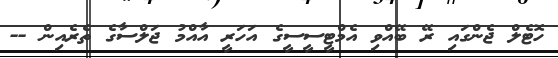
ހޮޓެލް ޖެންގައި ރޭ ބޭއްވި އެމްޓީސީސީގެ އަހަރީ އާއްމު ޖަލްސާގެ ތެރެއިން --